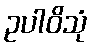
ဥပါဝိသုံ